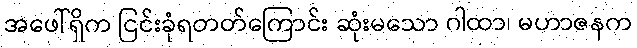
အဖေါ်ရှိက ငြင်းခုံရတတ်ကြောင်း ဆုံးမသော ဂါထာ၊ မဟာဇနက